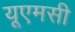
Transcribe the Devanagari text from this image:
यूएमसी